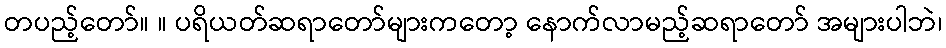
တပည့်တော်။ ။ ပရိယတ်ဆရာတော်များကတော့ နောက်လာမည့်ဆရာတော် အများပါဘဲ၊